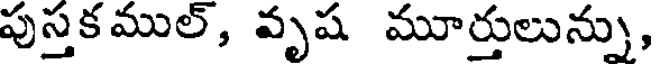
పుస్తకముల్, వృష మూర్తులున్ను,